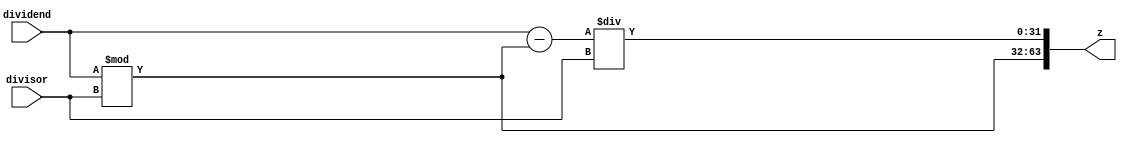
module div_32_bit(input signed [31:0] dividend, divisor, output reg [32*2-1:0] z);
	reg [63:32] high, low;
	always @ (*)
	begin
		high = dividend % divisor;
		low = (dividend - high) / divisor;
		begin
			z = {high, low};
		end
	end
				
endmodule